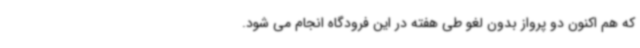
که هم اکنون دو پرواز بدون لغو طی هفته در این فرودگاه انجام می شود.